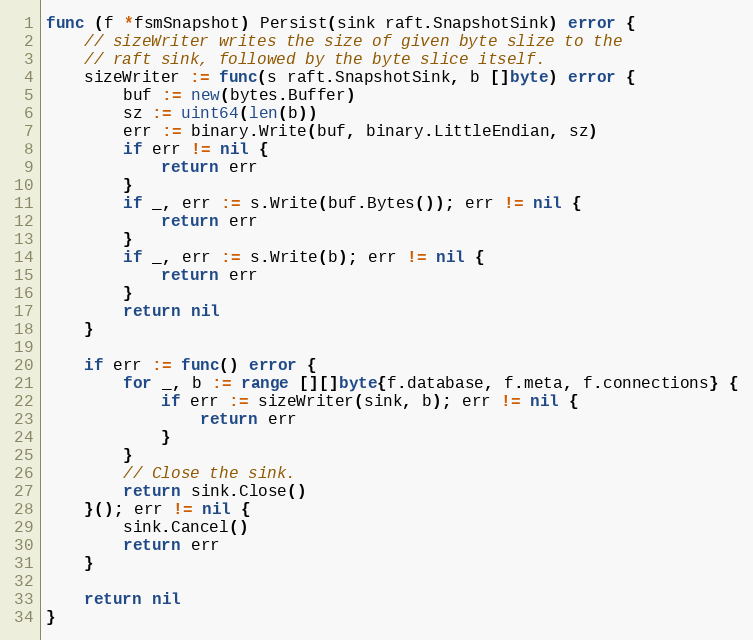
Language: Go
func (f *fsmSnapshot) Persist(sink raft.SnapshotSink) error {
	// sizeWriter writes the size of given byte slize to the
	// raft sink, followed by the byte slice itself.
	sizeWriter := func(s raft.SnapshotSink, b []byte) error {
		buf := new(bytes.Buffer)
		sz := uint64(len(b))
		err := binary.Write(buf, binary.LittleEndian, sz)
		if err != nil {
			return err
		}
		if _, err := s.Write(buf.Bytes()); err != nil {
			return err
		}
		if _, err := s.Write(b); err != nil {
			return err
		}
		return nil
	}

	if err := func() error {
		for _, b := range [][]byte{f.database, f.meta, f.connections} {
			if err := sizeWriter(sink, b); err != nil {
				return err
			}
		}
		// Close the sink.
		return sink.Close()
	}(); err != nil {
		sink.Cancel()
		return err
	}

	return nil
}